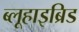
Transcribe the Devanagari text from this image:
ब्लूहाइब्रिड